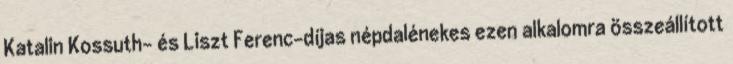
Katalin Kossuth- és Liszt Ferenc-díjas népdalénekes ezen alkalomra összeállított